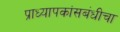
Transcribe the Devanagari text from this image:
प्राध्यापकांसबंधीचा